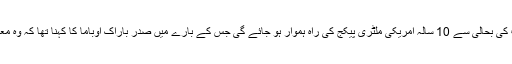
خبر رساں ادارے روئٹرز کے مطابق دونوں ممالک کے درمیان تعلقات کی بحالی سے 10 سالہ امریکی ملٹری پیکج کی راہ ہموار ہو جائے گی جس کے بارے میں صدر باراک اوباما کا کہنا تھا کہ وہ معاملہ طے ہونے کی صورت میں یہ پیکج فی الفور شروع کر سکتے ہیں۔